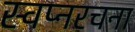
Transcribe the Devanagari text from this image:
स्वप्नरचना